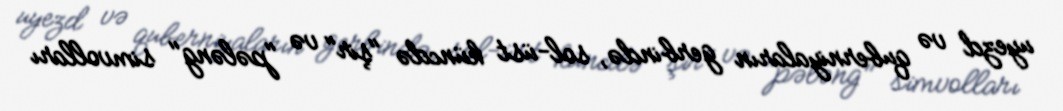
uyezd və quberniyaların gerbində, sol-üst küncdə "şir" və "pələng" simvolları